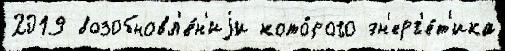
2019 возобновл'е́н'иjи кото́рого эн'ерг'е́т'ика